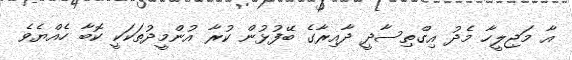
އާ މަޖިލީހާ މެދު އިގްތިސާދީ ދާއިރާގެ ބޭފުޅުން ކުރާ އުންމީދުތަކަކީ ކޮބާ ހެއްޔެވެ